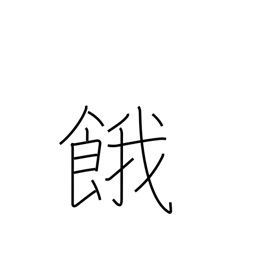
Meaning: thirst